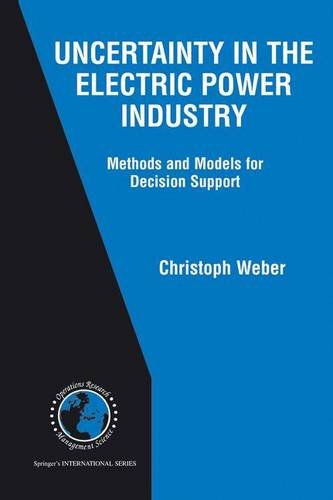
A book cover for Uncertainty in the Electric Power Industry: Methods and Models for Decision Support (International Series in Operations Research & Management Science); Christoph Weber; Business & Money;